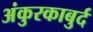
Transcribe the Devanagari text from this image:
अंकुरकाबुर्द